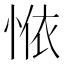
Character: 𱞣